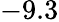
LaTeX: -9.3